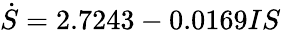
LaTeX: \dot{S}=2.7243-0.0169IS